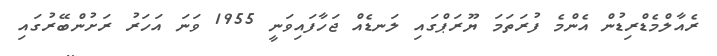
ރެއާލްމެޑްރިޑުން އެންމެ ފުރަތަމަ ޔޫރަޕްގައި ލަނޑެއް ޖަހާފައިވަނީ 1955 ވަނަ އަހަރު ރަށުންބޭރުގައި